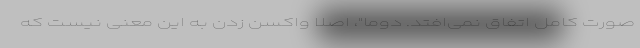
صورت کامل اتفاق نمی‌افتد. دوما"، اصلا واکسن زدن به این معنی نیست که